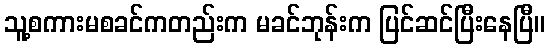
သူ့စကားမစခင်ကတည်းက မခင်ဘုန်းက ပြင်ဆင်ပြီးနေပြီ။